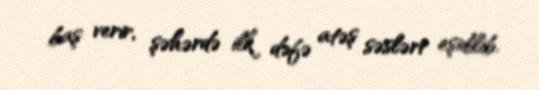
baş verir, şəhərdə ilk dəfə atəş səsləri eşidilib.